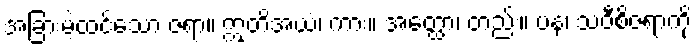
အခြားမဲ့ထင်သော ဇရာ။ ဣတိအယံ၊ ကား။ အတ္ထော၊ တည်း။ ပန၊ သဝီစိဇရာကို